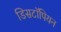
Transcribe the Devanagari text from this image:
डिसटॉपियन